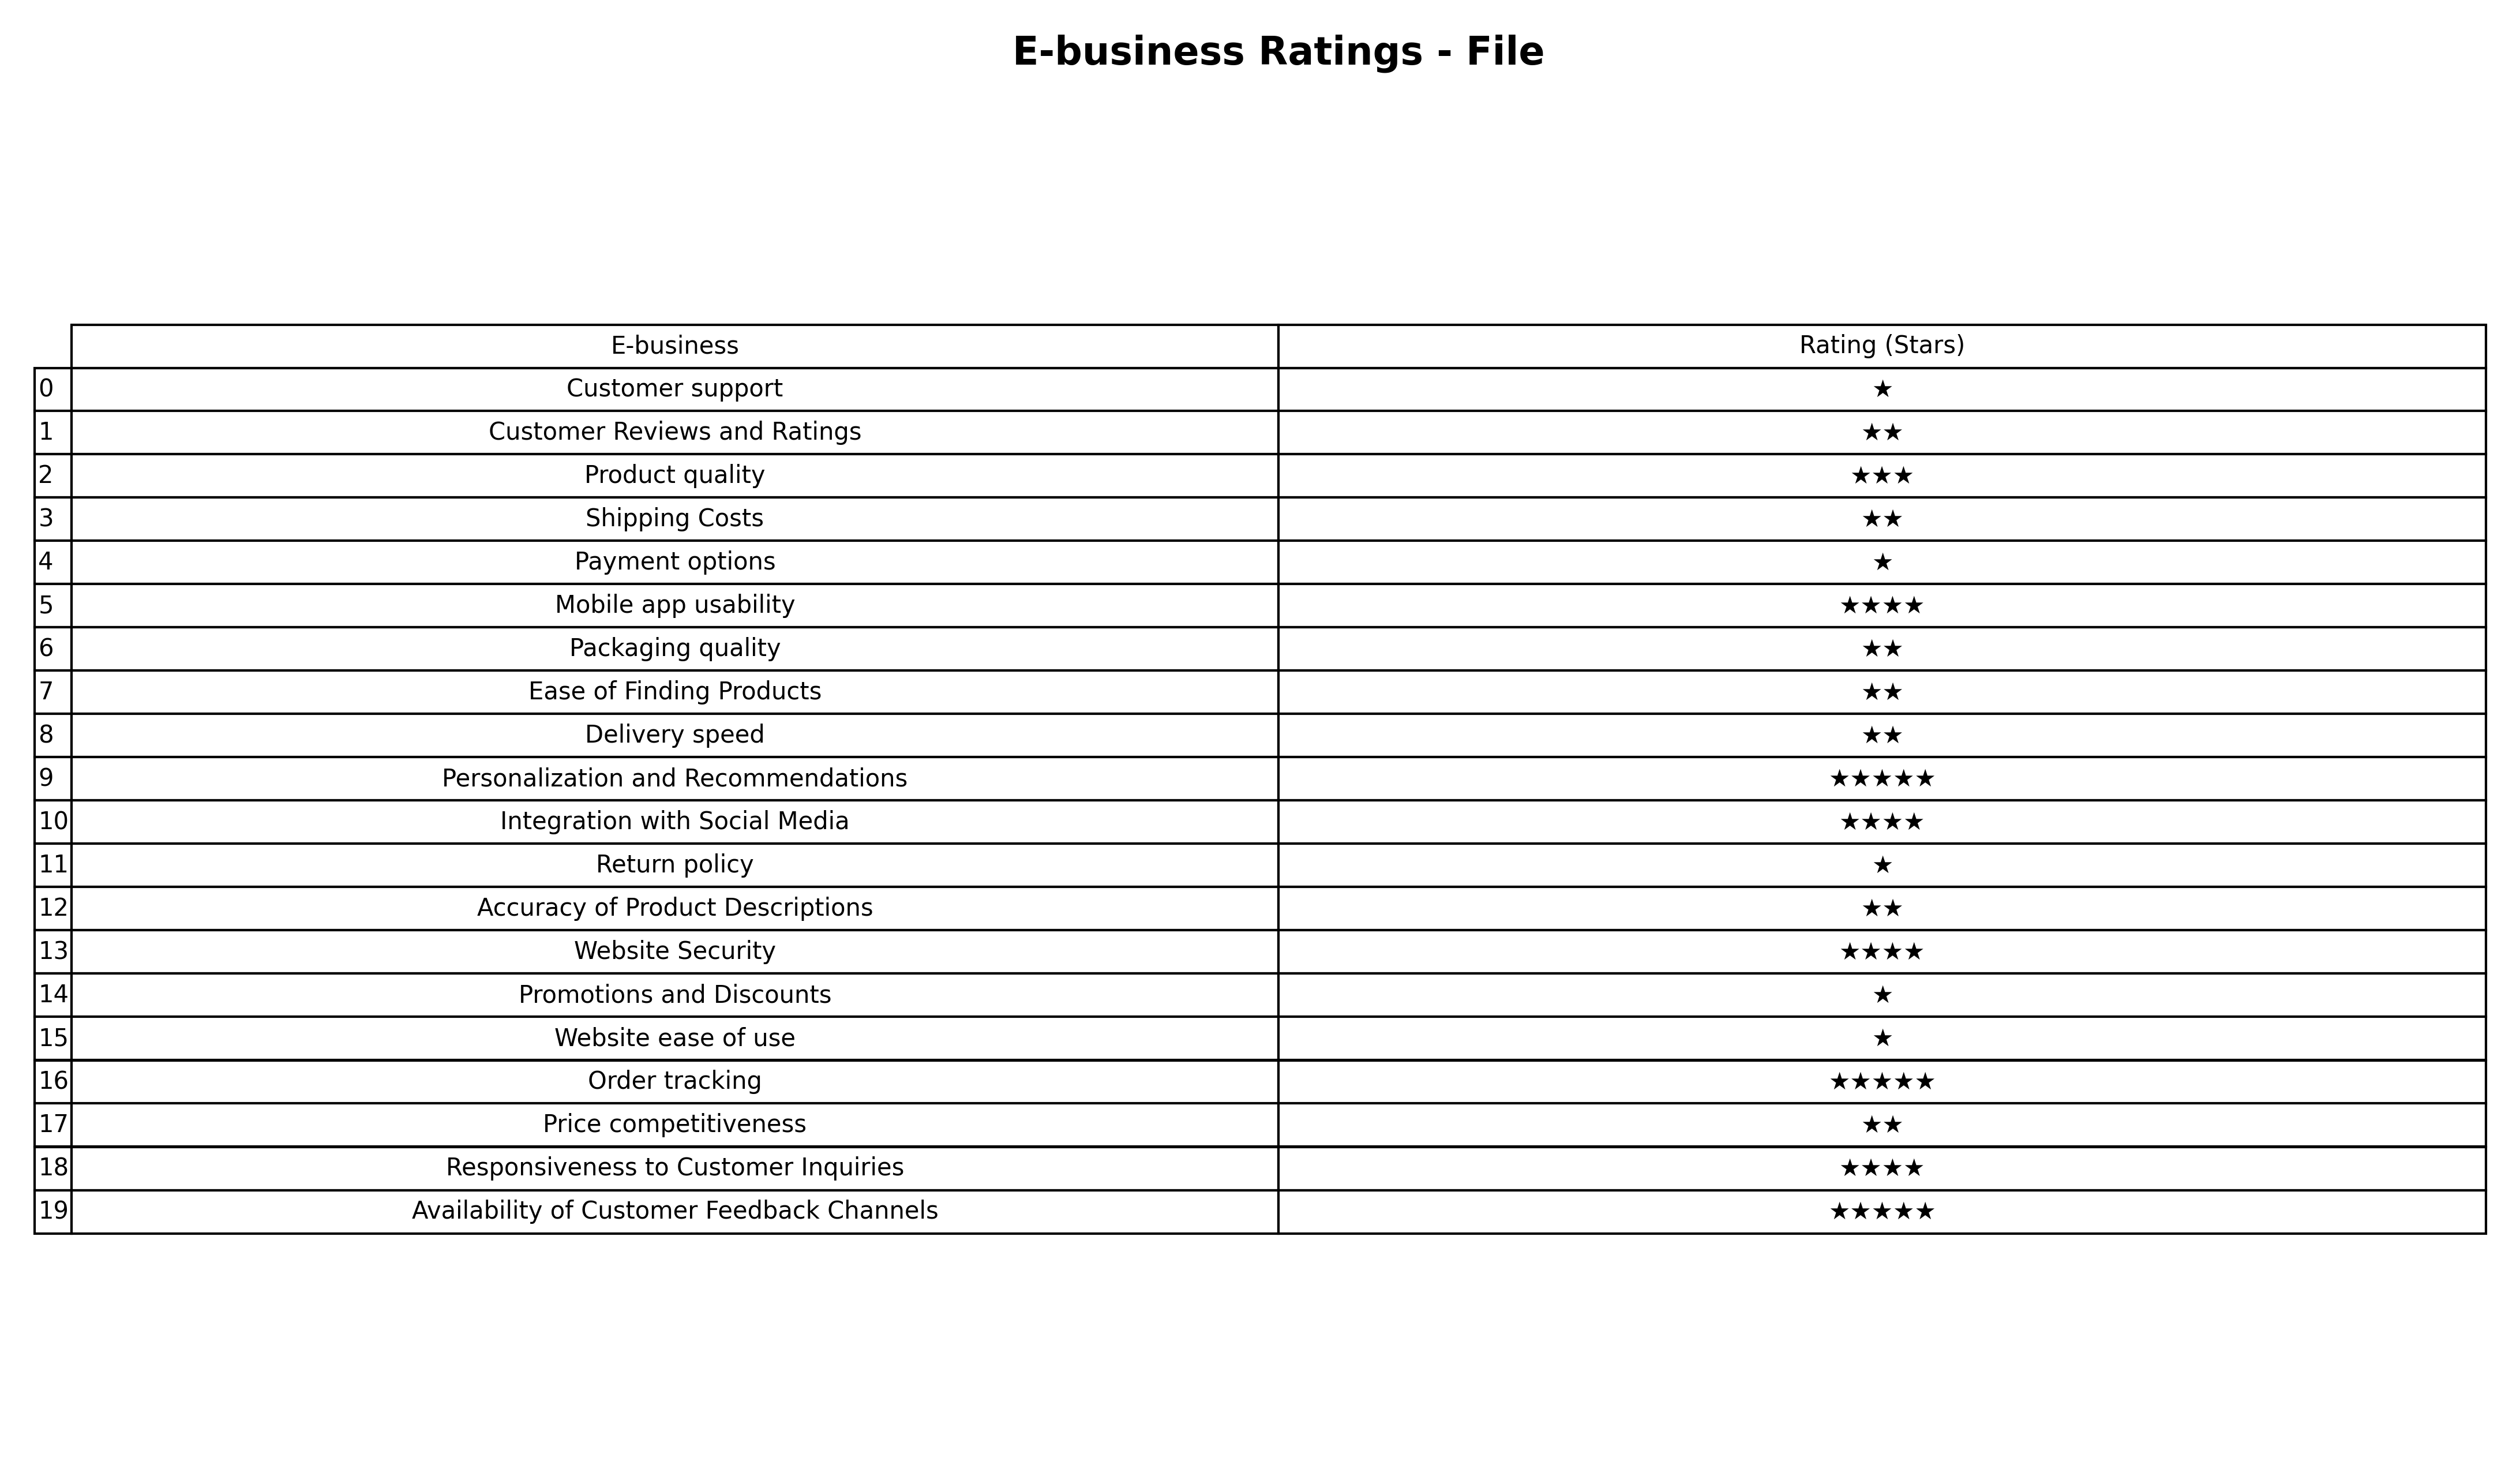
question: What are five star services?
answer: Personalization and RecommendationsOrder trackingAvailability of Customer Feedback Channels